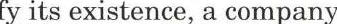
fy its existence, a company